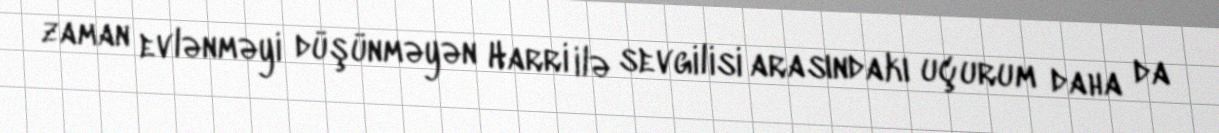
zaman evlənməyi düşünməyən Harri ilə sevgilisi arasındakı uçurum daha da